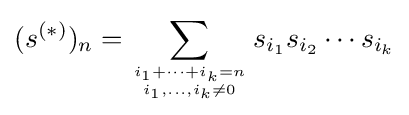
(s^{(*)})_{n}=\sum _{{i_{1}+\dots +i_{k}=n} \atop {i_{1},\ldots ,i_{k}\neq 0}}s_{i_{1}}s_{i_{2}}\cdots s_{i_{k}}